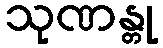
သုဏန္တု